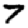
Digit: 7